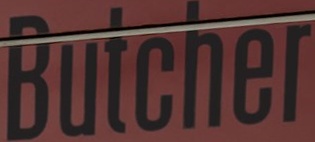
Butcher